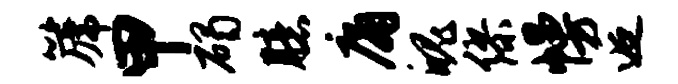
篪甲碣臆庸魄缪幔逅